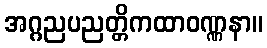
အဂ္ဂညပညတ္တိကထာဝဏ္ဏနာ။